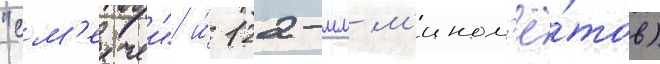
"см'ерчеи" и́ 122-мм м'ином'ё́тов)